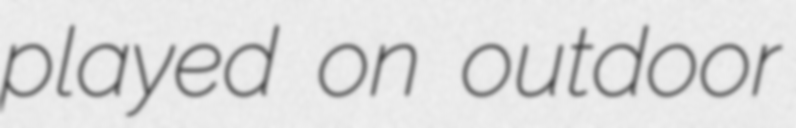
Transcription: played on outdoor